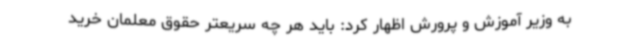
به وزیر آموزش و پرورش اظهار کرد: باید هر چه سریعتر حقوق معلمان خرید